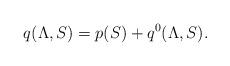
LaTeX: \begin{align*} q(\Lambda,S)=p(S)+q^0(\Lambda,S).\end{align*}